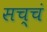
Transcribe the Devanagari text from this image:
सच्चं